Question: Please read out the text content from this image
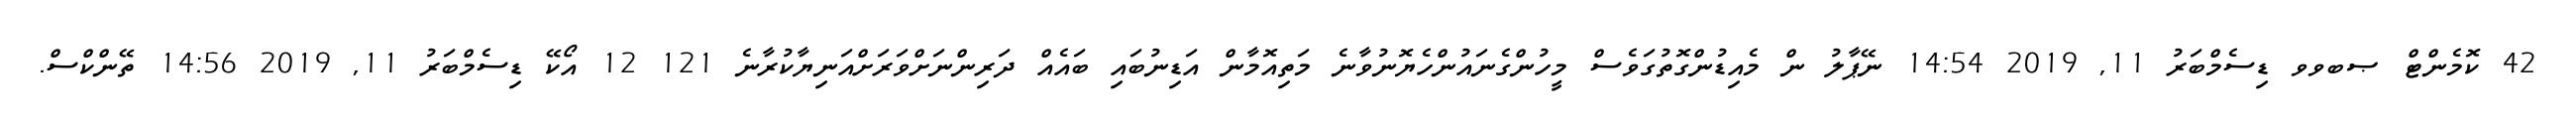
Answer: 42 ކޮމެންޓް ޞބވވ ޑިސެމްބަރު 11, 2019 14:54 ނޭޕާލު ން މެއިޑުންގޮތުގަވެސް މީހުންގެނައުންހެޔޮނުވާނެ މަތިއޮމާން އަޑިނުބައި ބައެއް ދަރިންނަށްވަރަށްއަނިޔާކުރާނެ 121 12 އޯކޭ ޑިސެމްބަރު 11, 2019 14:56 ތޭންކްސް.